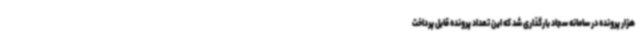
هزار پرونده در سامانه سجاد بارگذاری شد که این تعداد پرونده قابل پرداخت